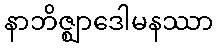
နာဘိဇ္ဈာဒေါမနဿာ